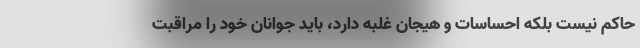
حاکم نیست بلکه احساسات و هیجان غلبه دارد، باید جوانان خود را مراقبت